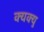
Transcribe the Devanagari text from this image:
क्यक्यु